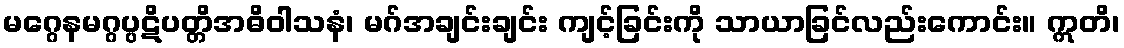
မဂ္ဂေနမဂ္ဂပ္ပဋိပတ္တိအဓိဝါသနံ၊ မဂ်အချင်းချင်း ကျင့်ခြင်းကို သာယာခြင်လည်းကောင်း။ ဣတိ၊